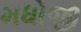
મધોજી